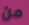
من